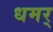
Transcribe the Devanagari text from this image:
धमर्